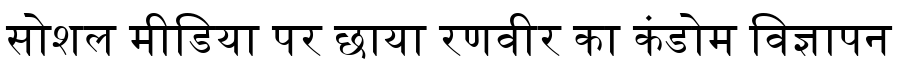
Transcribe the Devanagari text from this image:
सोशल मीडिया पर छाया रणवीर का कंडोम विज्ञापन